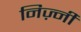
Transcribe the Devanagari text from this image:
निज़्नी